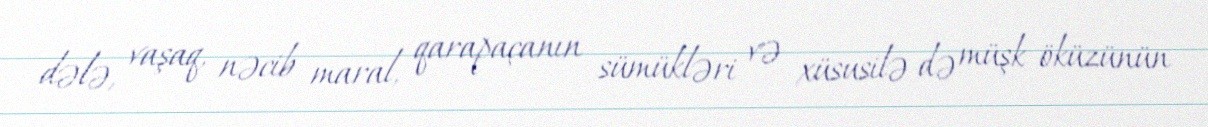
dələ, vaşaq, nəcib maral, qarapaçanın sümükləri və xüsusilə də müşk öküzünün